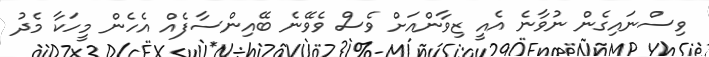
ވިސްނައިގެން ނުވާނެ އެއީ ޒިވާންއަށް ވެސް ވެވޭނެ ބޭއިންސާފެއް އެހެން މީހަކާ މެދު